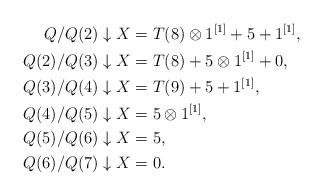
LaTeX: \begin{align*}Q/Q(2) \downarrow X &= T(8) \otimes 1^{[1]} + 5 + 1^{[1]},\\Q(2)/Q(3) \downarrow X &= T(8) + 5 \otimes 1^{[1]} + 0, \\Q(3)/Q(4) \downarrow X &= T(9) + 5 + 1^{[1]}, \\Q(4)/Q(5) \downarrow X &= 5 \otimes 1^{[1]}, \\Q(5)/Q(6) \downarrow X & = 5, \\Q(6)/Q(7) \downarrow X &= 0.\end{align*}